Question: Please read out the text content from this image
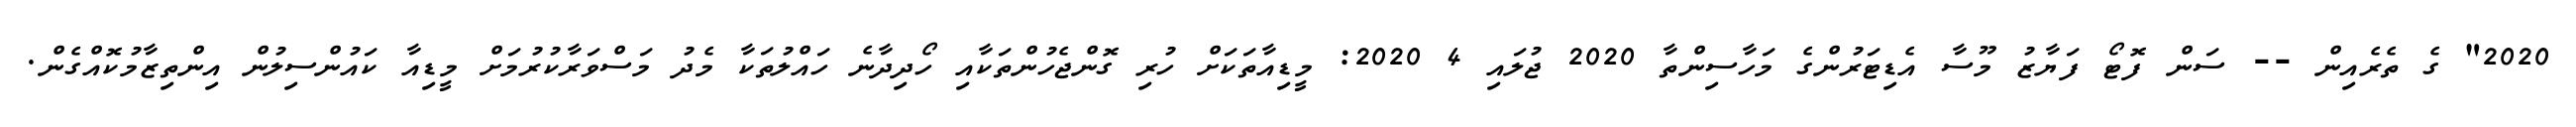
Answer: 2020" ގެ ތެރެއިން -- ސަން ފޮޓޯ ފަޔާޒު މޫސާ އެޑިޓަރުންގެ މަހާސިންތާ 2020 ޖުލައި 4 2020: މީޑިއާތަކަށް ހުރި ގޮންޖެހުންތަކާއި ހޯދިދާނެ ހައްލުތަކާ މެދު މަސްވަރާކުރުމަށް މީޑިއާ ކައުންސިލުން އިންތިޒާމުކޮއްގެން.